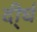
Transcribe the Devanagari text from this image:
दी्र्घ